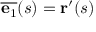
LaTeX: { \overline { { \mathbf { e } _ { 1 } } } } ( s ) = \mathbf { r } ^ { \prime } ( s )